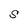
Character: S